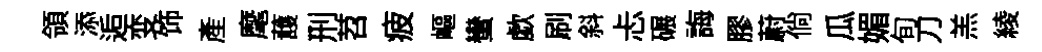
領添逅变饰產麾䕶刑苕疲嶇蠻歔刷斜忐碾誨膠蔚倘瓜媚旬刀羔綾